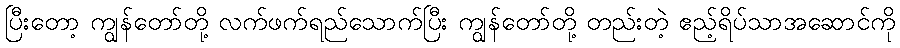
ပြီးတော့ ကျွန်တော်တို့ လက်ဖက်ရည်သောက်ပြီး ကျွန်တော်တို့ တည်းတဲ့ ဧည့်ရိပ်သာအဆောင်ကို